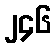
၂၄၆